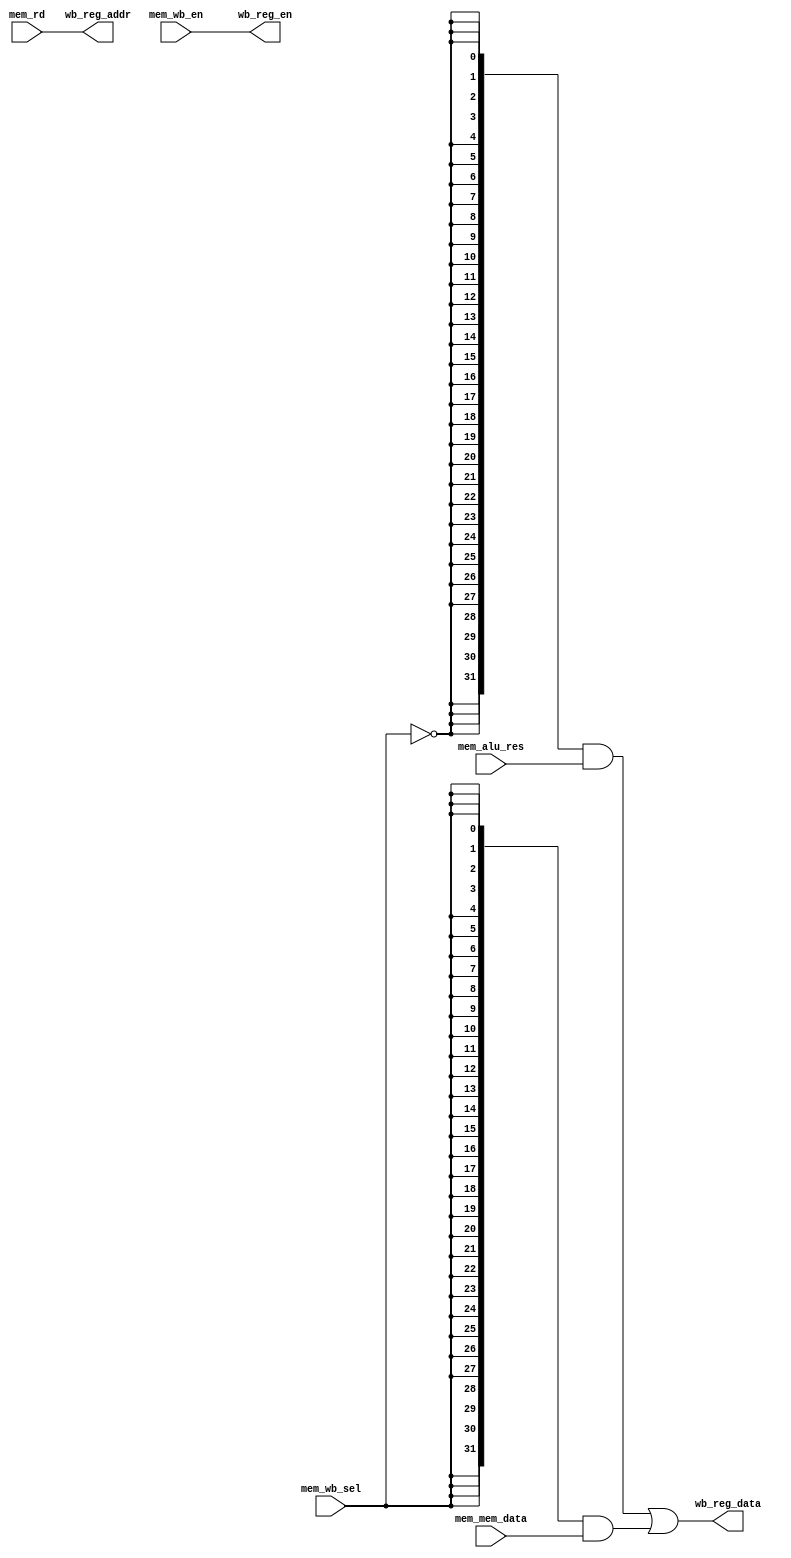
module WB(
    input wire [31:0] mem_alu_res,
    input wire [31:0] mem_mem_data,
    
    //control
    input wire mem_wb_sel, //alu or mem_ram
    input wire [4:0] mem_rd,
    input wire mem_wb_en,

    output wire wb_reg_en,
    output wire [4:0] wb_reg_addr,
    output wire [31:0] wb_reg_data
    );

    assign wb_reg_en = mem_wb_en;
    assign wb_reg_addr = mem_rd;
    //if mem_wb_sel == 1'b0  then wb_reg_data == alu_res 
    //else wb_reg_data = mem_mem_data
    assign wb_reg_data = ({32{~mem_wb_sel}} & mem_alu_res)|
                         ({32{mem_wb_sel}} & mem_mem_data); 

endmodule